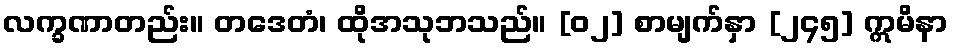
လက္ခဏာတည်း။ တဒေတံ၊ ထိုအသုဘသည်။ [၀၂] စာမျက်နှာ [၂၄၅] ဣမိနာ